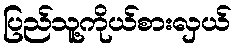
ပြည်သူ့ကိုယ်စားလှယ်